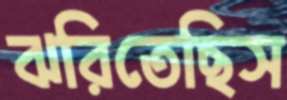
ঝরিতেছিস